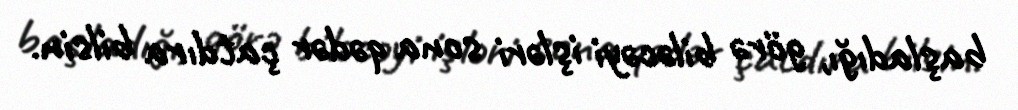
başladığı, görə biləcəyi işləri sona qədər çatdıra bilsin.